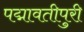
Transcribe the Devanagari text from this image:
पद्मावतीपुरी